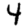
Digit: 4